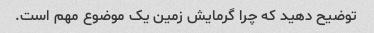
توضیح دهید که چرا گرمایش زمین یک موضوع مهم است.